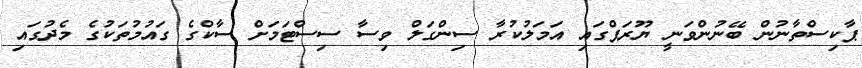
ޕާކިސްތާނުން ބޭނުންވަނީ ޔޫރަޕްގައި އަމަލުކުރާ ސިންގަލް ވިސާ ސިސްޓަމަށް ސާކްގެ ގައުމުތަކުގެ މެދުގައި